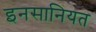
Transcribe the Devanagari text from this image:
इनसानियत